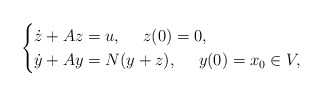
\begin{align*} \begin{cases} \dot z+A z=u, \ \ \ \ z(0)=0, \\\dot y+A y=N(y+z), \ \ \ \ y(0)=x_0\in V,\end{cases} \end{align*}